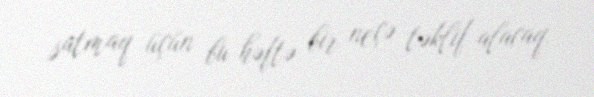
satmaq üçün bu həftə bir neçə təklif alacaq.